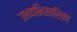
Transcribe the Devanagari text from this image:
उभयभिसारिका